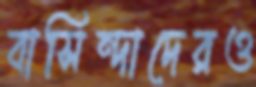
বাসিন্দাদেরও